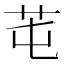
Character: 芚